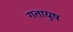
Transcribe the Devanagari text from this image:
गतायुष